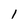
Character: 1